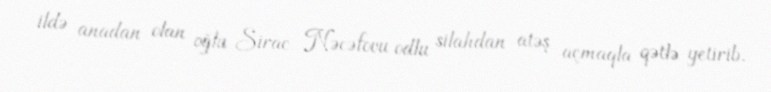
ildə anadan olan oğlu Sirac Nəcəfovu odlu silahdan atəş açmaqla qətlə yetirib.